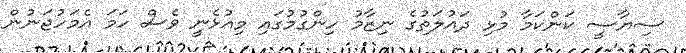
ސިޔާސީ ކަންކަމާ މުޅި ދައުލަތުގެ ނިޒާމު ހިންގުމުގައި މިއުޅެނީ ވެސް ހަމަ އެމަހުޖަނުން